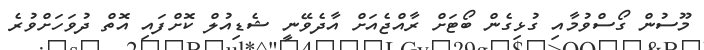
މޫސުން ގޯސްވުމާއި ގުޅިގެން ބޯޓަށް ރާއްޖެއަށް އާދެވޭނީ ޝެޑިއުލް ކޮށްފައި އޮތް ދުވަހަށްވުރެ